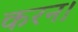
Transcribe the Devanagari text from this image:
करन।